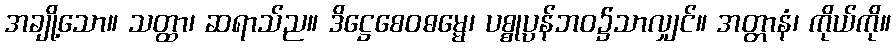
အချို့သော။ သတ္ထာ၊ ဆရာသ်ည။ ဒိဋ္ဌေစေဝဓမ္မေ၊ ပစ္စုပ္ပန်ဘဝ၌သာလျှင်။ အတ္တာနံ၊ ကိုယ်ကို။